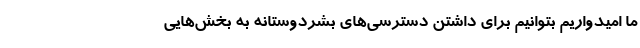
ما امیدواریم بتوانیم برای داشتن دسترسی‌های بشردوستانه به بخش‌هایی